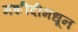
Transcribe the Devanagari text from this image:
मशीदीमधून